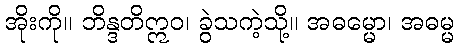
အိုးကို။ ဘိန္ဒတိဣဝ၊ ခွဲသကဲ့သို့။ အဓမ္မော၊ အဓမ္မ